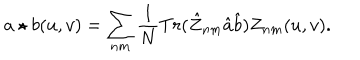
a \star b ( u , v ) = \sum _ { n m } \frac { 1 } { N } T r ( \hat { Z } _ { n m } \hat { a } \hat { b } ) Z _ { n m } ( u , v ) .